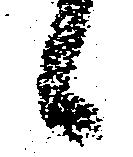
々